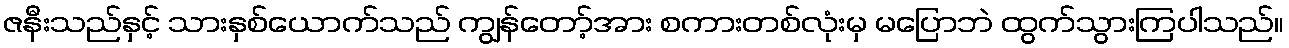
ဇနီးသည်နှင့် သားနှစ်ယောက်သည် ကျွန်တော့်အား စကားတစ်လုံးမှ မပြောဘဲ ထွက်သွားကြပါသည်။